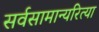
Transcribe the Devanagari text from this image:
सर्वसामान्यरित्या